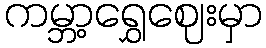
ကမ္ဘာ့ရွှေဈေးမှာ